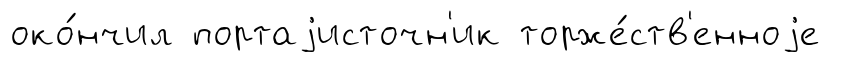
око́нчил портаjисточн'ик торже́ств'енноjе